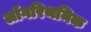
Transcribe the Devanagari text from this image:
लॉगरिथमिक